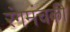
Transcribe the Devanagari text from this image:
रंगमंचकी